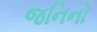
જનિનો